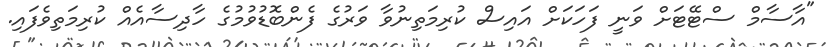
"އާސާމް ސްޓޭޓަށް ވަނީ ފަހަކަށް އައިސް ކުރިމަތިނުވާ ވަރުގެ ފެންބޮޑުވުމުގެ ހާދިސާއެއް ކުރިމަތިވެފައި.